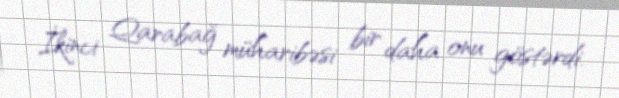
İkinci Qarabağ müharibəsi bir daha onu göstərdi.